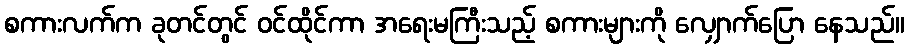
စကားလက်က ခုတင်တွင် ဝင်ထိုင်ကာ အရေးမကြီးသည့် စကားများကို လျှောက်ပြော နေသည်။